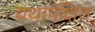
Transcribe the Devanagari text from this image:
यथापेक्षित